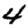
Digit: 4